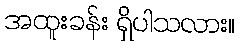
အထူးခန်း ရှိပါသလား။